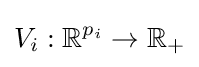
V_{i}:\mathbb {R} ^{p_{i}}\to \mathbb {R} _{+}